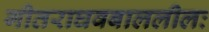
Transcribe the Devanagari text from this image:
गीतराघवबाललीलः